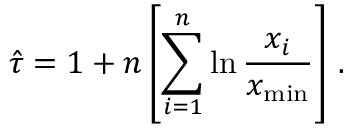
\hat { \tau } = 1 + n \left[ \sum _ { i = 1 } ^ { n } \ln \frac { x _ { i } } { x _ { \mathrm { m i n } } } \right] \, .